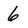
Character: 6